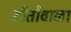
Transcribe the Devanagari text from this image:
दाँतोंवाला